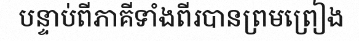
បន្ទាប់ពីភាគីទាំងពីរបានព្រមព្រៀង